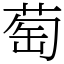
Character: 萄